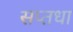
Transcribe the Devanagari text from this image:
सप्तधा